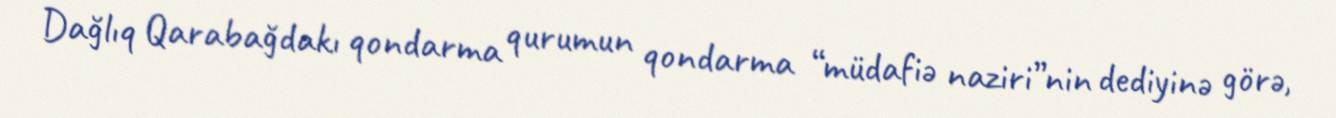
Dağlıq Qarabağdakı qondarma qurumun qondarma “müdafiə naziri”nin dediyinə görə,